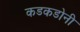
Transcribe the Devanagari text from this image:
कडकडोनी